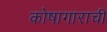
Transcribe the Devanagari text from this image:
कोषागाराची